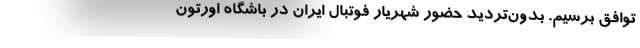
توافق برسیم. بدون‌تردید حضور شهریار فوتبال ایران در باشگاه اورتون